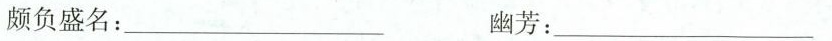
颇负盛名：___ 幽芳：___